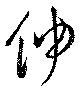
伸